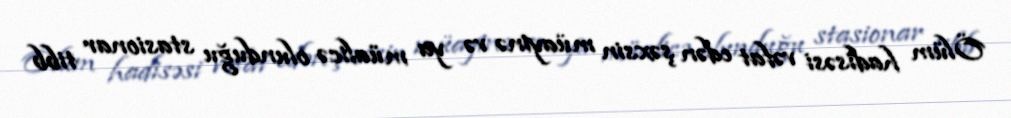
Ölüm hadisəsi vəfat edən şəxsin müayinə və ya müalicə olunduğu stasionar tibb